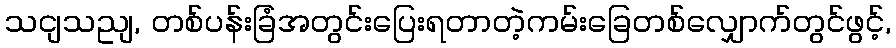
သငျသညျ, တစ်ပန်းခြံအတွင်းပြေးရတာတဲ့ကမ်းခြေတစ်လျှောက်တွင်ဖွင့်,